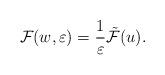
LaTeX: \begin{align*}\mathcal{F}(w,\varepsilon)=\frac{1}{\varepsilon}\tilde{\mathcal{F}}(u).\end{align*}